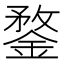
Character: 鍪